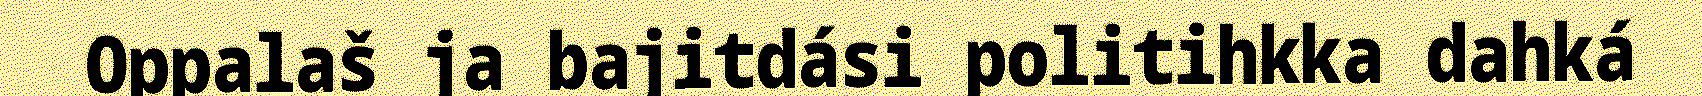
Oppalaš ja bajitdási politihkka dahká